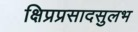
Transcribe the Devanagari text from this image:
क्षिप्रप्रसादसुलभ